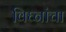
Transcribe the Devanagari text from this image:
विघ्नांचा